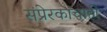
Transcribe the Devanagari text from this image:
संप्रेरकांचाही